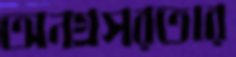
অনগ্রসরতার